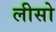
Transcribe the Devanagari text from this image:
लीसो